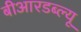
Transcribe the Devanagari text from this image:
बीआरडब्ल्यू